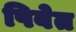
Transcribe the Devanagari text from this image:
पिबेत